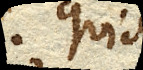
Quia